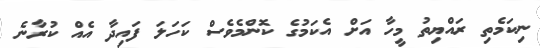
ނިކަމެތި ރައްޔިތު މީހާ އަށް އެކަމުގެ ކޮންމެވެސް ކަހަލަ ފައިދާ އެއް ކުރާނެ